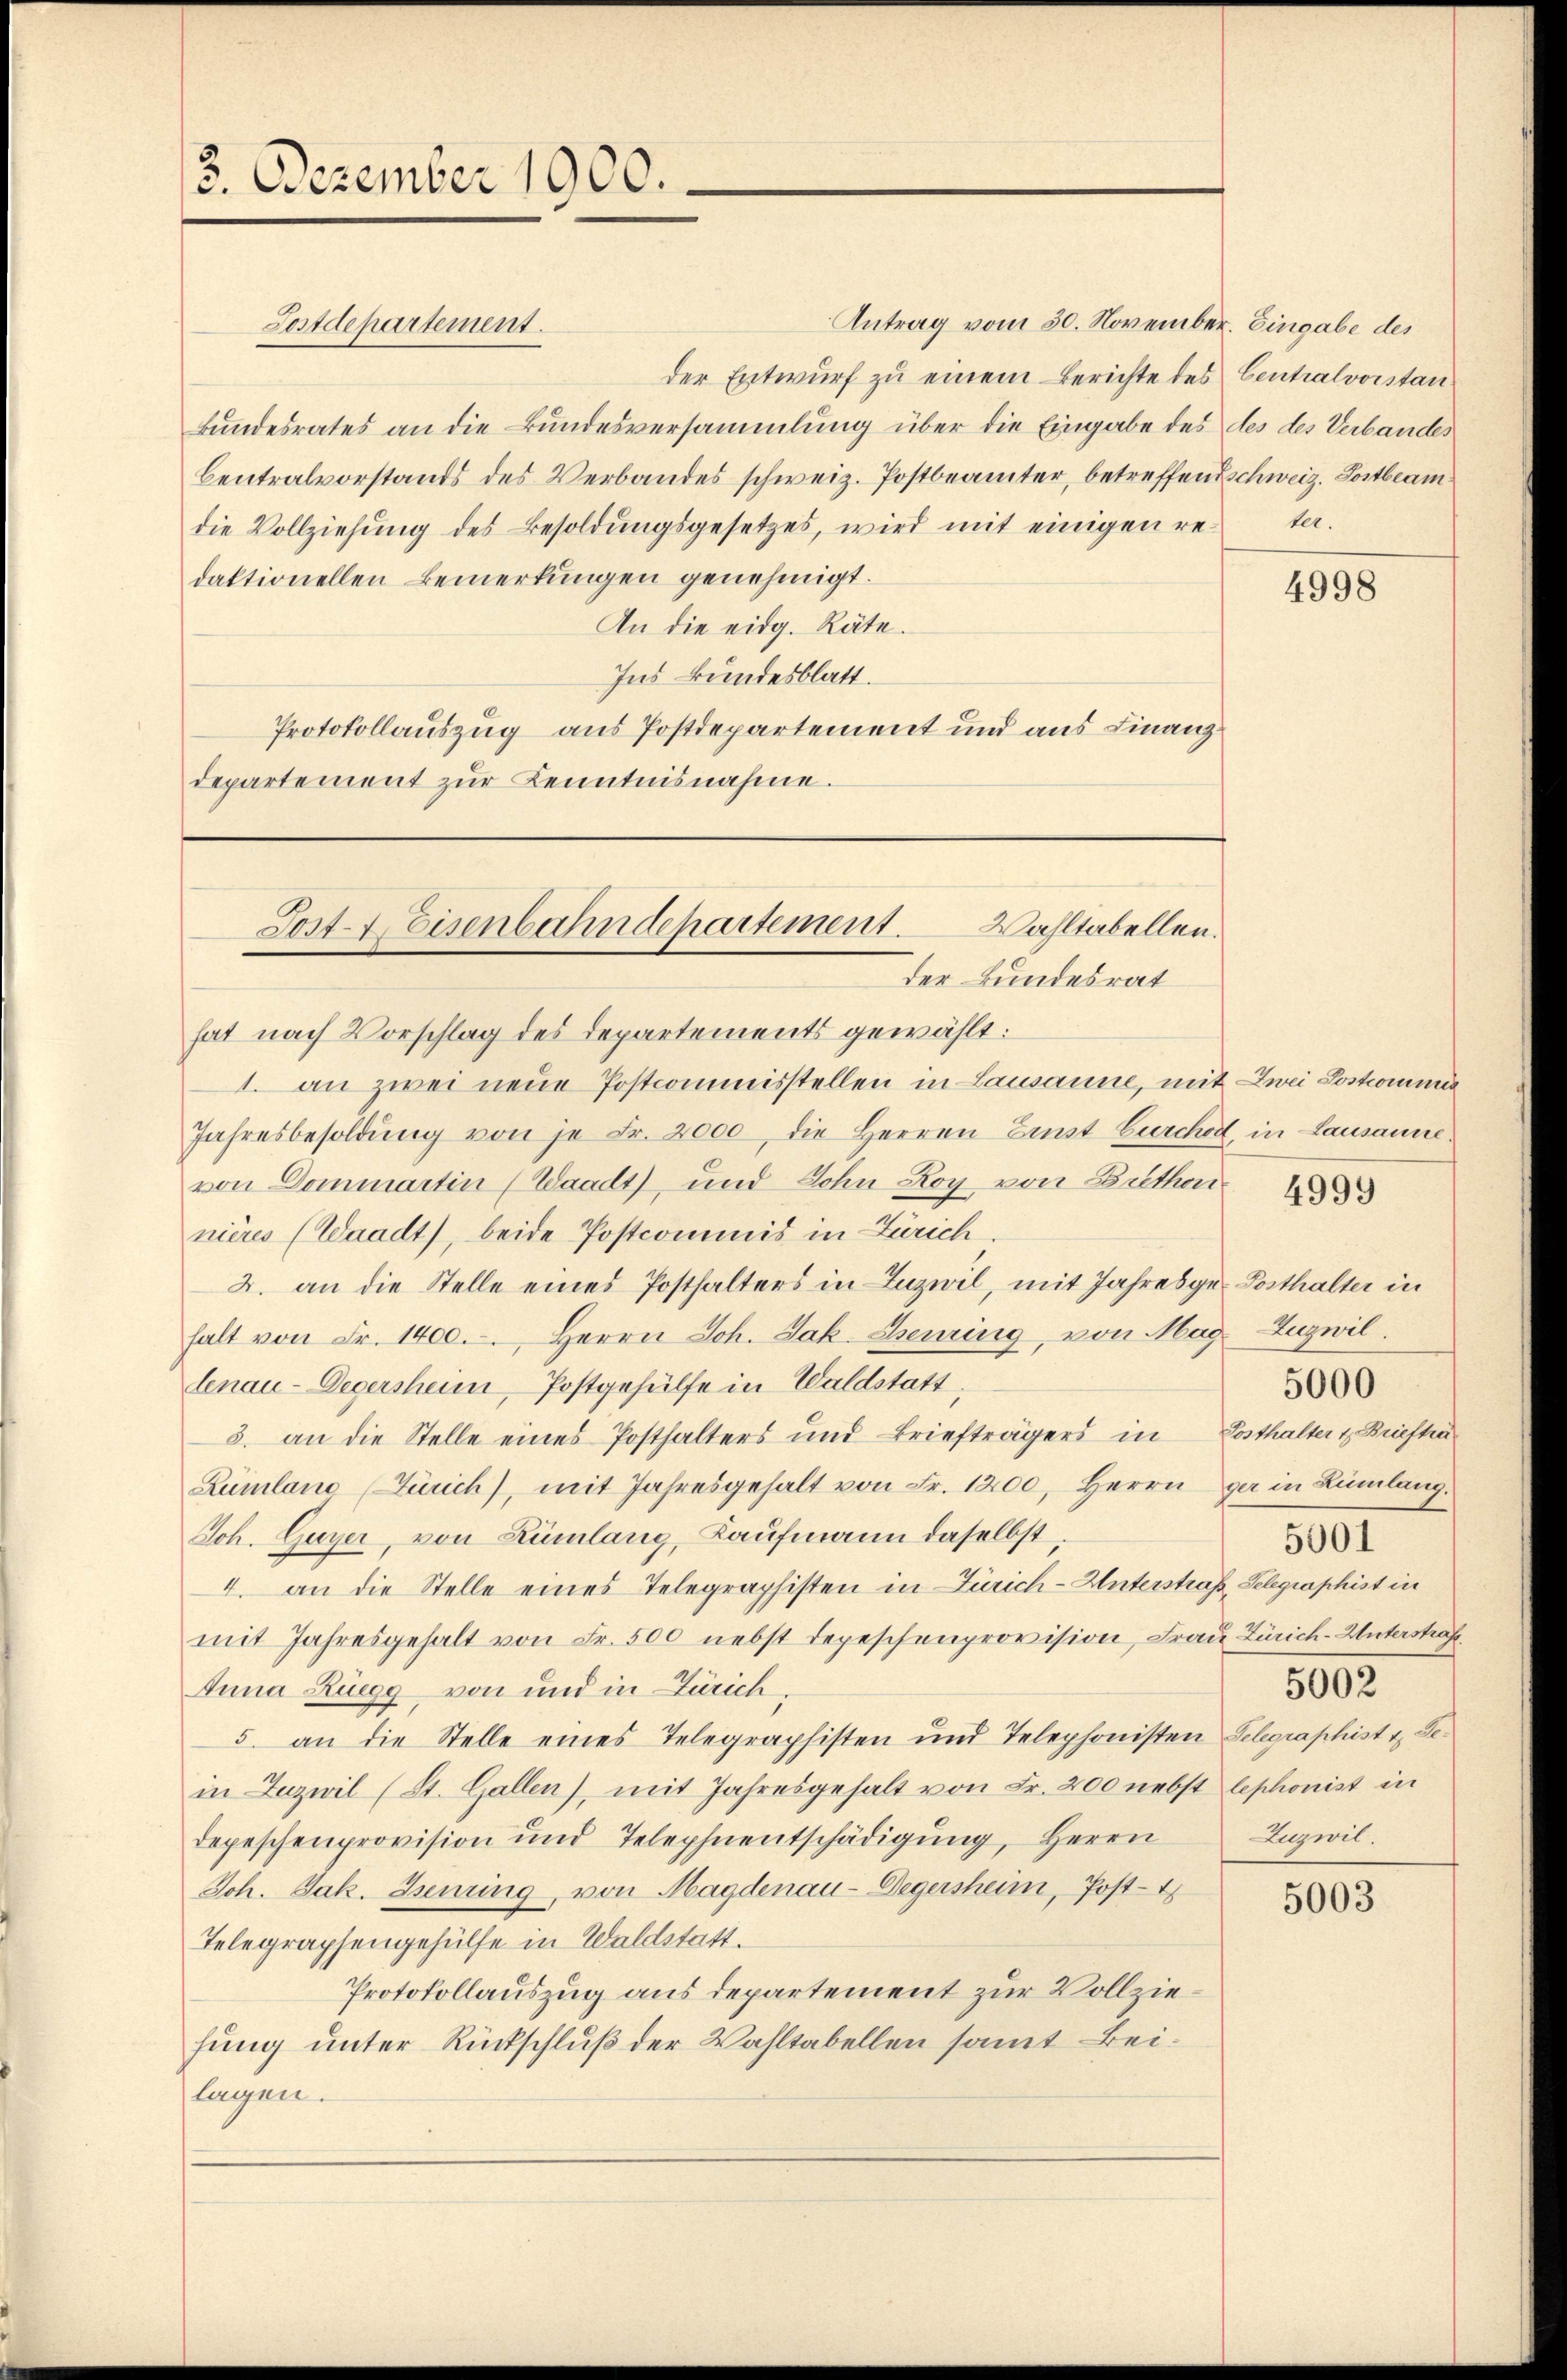
2. Dezember 1900.

Antrag vom 30. November.
der Entwurf zu einem Berichte des Centralvorstan¬
Bundesrates an die Bundesversammlung über die Eingabe des des des Verbandes
Centralvorstands des Verbandes schweiz. Postbeamter, betreffend schweiz. Postbeamdie Vollziehung des Besoldungsgesetzes, wird mit einigen redaktionellen Bemerkungen genehmigt.
An die eidg. Räte.
Ins Bundesblatt.
Protokollauszug aus Postdepartement und aus Finanzdepartement zŭr Kenntnisnahme.

Postdepartement.

Wahltabellen.
Post-Weisenbahndepartement.
der Bundesrat

hat nach Vorschlag des Departements gewählt:
1. an zwei neue Postcommisstellen in Lausanne, mit Zwei Soskommi
Jahresbesoldŭng von je Fr. 2000 die Herren Einst Curchor, in Lausanne.
von Dominartin (Waadt, und Sohn Roy von Brethan
nières (Waadt), beide Postcommis in Zürich.
2. an die Stelle eines Posthalters in Inzwil, mit Jahresge. Posthalter in
halt von Fr. 1400. Herrn Joh. Jak. Henring, von Mag Zuzwillenau-Degersheim, Postgehülfe in Waldstatt,
3. an die Stelle eines Posthalters und Briefträgers in Posthalter & Brieftra
Rümlano (Zürich), mit Jahresgehalt von Fr. 1200. Herrn gar in Rümlang¬
Joh. Guyer, von Rümlang, Kaufmann daselbst
4. an die Stelle eines Telegraphisten in Zürich-Unterstraß, Selegraphist in
mit Jahresgehalt von Fr. 500 nebst depeschenprovision, Frau Zürich-Unterstraft
Anna Ruegg von und in Zürich,
5. an die Stelle eines Telegraphisten und Telephonisten Telegraphist u. Ge-
in Zuzwil (St. Gallen), mit Jahresgehalt von Fr. 200 nebst lephonist in
Depeschenprovision und Telephnentschädigung, Herrn
Joh. Jak. Henring, von Magdenau-Degersheim, Post-
Telegraphengehülfe in Waldstatt.
Protokollauszug aus departement zur Vollziefung unter Rückschluß der Wahltabellen samt Beilagen.

Eingabe des
ter.

4998

4999

5002
Luzwit.

5000

5001

5003